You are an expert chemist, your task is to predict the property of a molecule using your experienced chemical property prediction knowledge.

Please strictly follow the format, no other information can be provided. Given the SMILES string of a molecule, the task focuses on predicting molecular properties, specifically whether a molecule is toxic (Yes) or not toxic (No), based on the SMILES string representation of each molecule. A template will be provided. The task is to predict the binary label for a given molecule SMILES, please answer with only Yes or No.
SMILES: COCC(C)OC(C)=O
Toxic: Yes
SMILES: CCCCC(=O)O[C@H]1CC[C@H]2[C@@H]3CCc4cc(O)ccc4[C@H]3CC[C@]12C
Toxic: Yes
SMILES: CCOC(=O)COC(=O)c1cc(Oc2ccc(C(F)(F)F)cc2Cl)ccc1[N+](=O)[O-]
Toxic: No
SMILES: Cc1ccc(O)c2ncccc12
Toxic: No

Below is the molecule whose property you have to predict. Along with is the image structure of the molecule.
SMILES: COC(=O)NC(=S)Nc1ccccc1NC(=S)NC(=O)OC
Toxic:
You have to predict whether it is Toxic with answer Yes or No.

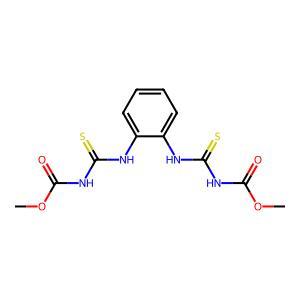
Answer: No